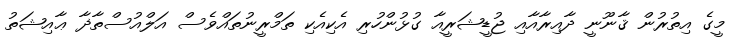
މީގެ އިތުރުން ޤާނޫނީ ދާއިރާއާއި ޖުޑީޝަރީއާ ގުޅުންހުރި އެކިއެކި ތަމްރީނުތައްވެސް އަލްއުސްތާޛާ ޢާއިޝަތު